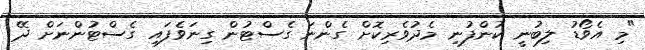
"މި އެވޯޑު ލިބުނީ ކުންފުނި މެދުވެރިކޮށް ގެންނަ ގެސްޓުން ގިނަވެފައި ގެސްޓުންނަށް ދޭ